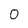
Character: 0